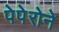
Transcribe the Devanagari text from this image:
पेपेरोने